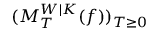
( M _ { T } ^ { W | K } ( f ) ) _ { T \geq 0 }